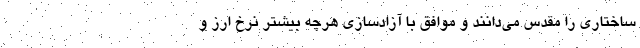
ساختاری را مقدس می‌دانند و موافق با آزادسازی هرچه بیشتر نرخ ارز و